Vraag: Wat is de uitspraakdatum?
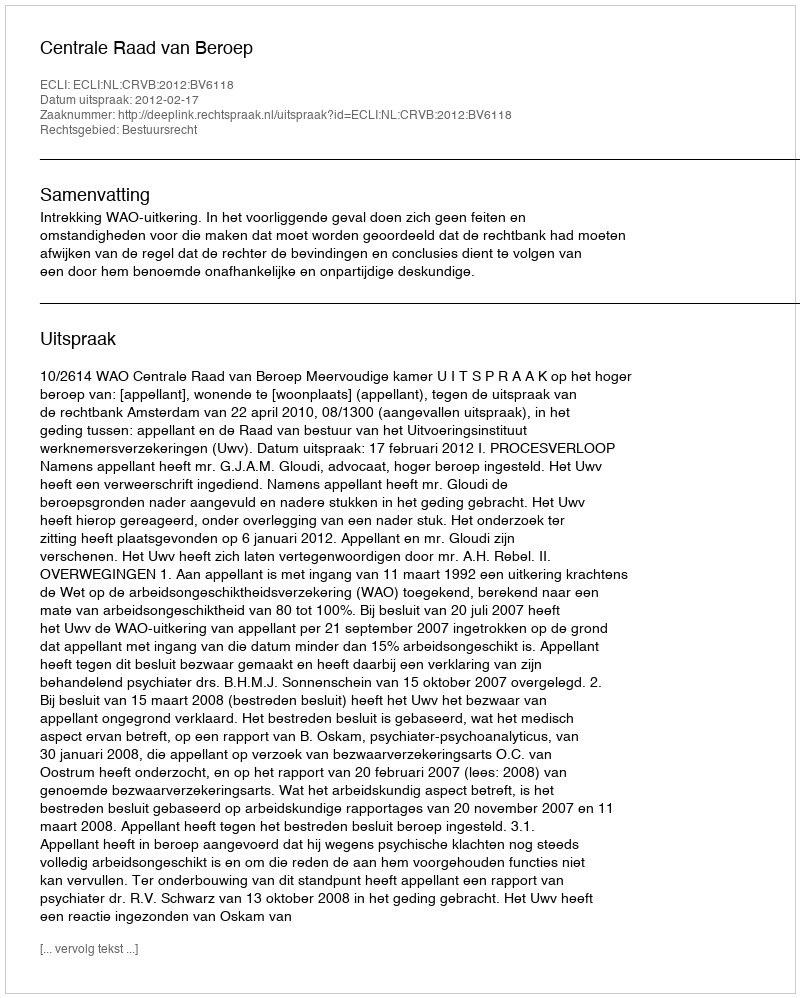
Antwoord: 2012-02-17